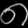
Digit: ၈